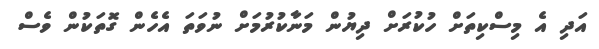
އަދި އެ މިސްކިތަށް ހުކުރަށް ދިޔުން މަނާކުރުމަށް ނުވަތަ އެހެން ގޮތަކުން ވެސް